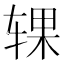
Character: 𰺍